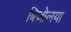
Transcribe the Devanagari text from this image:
बिजोलया